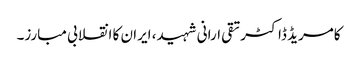
کامریڈ ڈاکٹرتقی ارانی شہید، ایران کا انقلابی مبارز۔